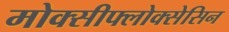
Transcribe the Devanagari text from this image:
मोक्सीफ्लोक्सेसिन